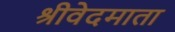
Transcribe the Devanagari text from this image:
श्रीवेदमाता